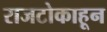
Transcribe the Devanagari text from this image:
राजटोकाहून